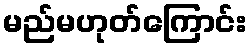
မည်မဟုတ်ကြောင်း